Report on the working of the Ranchi Indian Mental Hospital, Kanke, in Bihar and Orissa - 1930-1940
Year: 1930
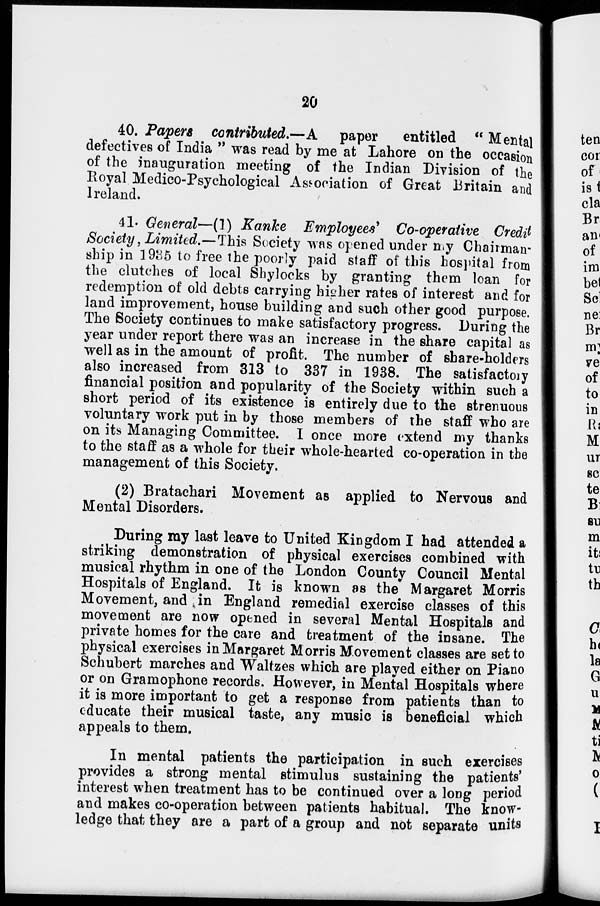
20
40. Papers contributed.—A paper
entitled " Mental
defectives of India " was read by me at Lahore on the occasion
of the inauguration meeting of the Indian Division of the
Royal Medico-Psychological Association of Great Britain and
Ireland.
41. General—(1) Kanke Employees' Co-operative Credit
Society, Limited.—This Society was opened under my Chairman-
ship in 1935 to free the poorly paid staff of this hospital from
the clutches of local Shylocks by granting them loan for
redemption of old debts carrying higher rates of interest and for
land improvement, house building and such other good purpose.
The Society continues to make satisfactory progress. During the
year under report there was an increase in the share capital as
well as in the amount of profit. The number of share-holders
also increased from 313 to 337 in 1938. The satisfactory
financial position and popularity of the Society within such a
short period of its existence is entirely due to the strenuous
voluntary work put in by those members of the staff who are
on its Managing Committee. I once more extend my thanks
to the staff as a whole for their whole-hearted co-operation in the
management of this Society.
(2) Bratachari Movement as applied to Nervous and
Mental Disorders.
During my last leave to United Kingdom I had attended a
striking demonstration of physical exercises combined with
musical rhythm in one of the London County Council Mental
Hospitals of England. It is known as the Margaret Morris
Movement, and in England remedial exercise classes of this
movement are now opened in several Mental Hospitals and
private homes for the care and treatment of the insane. The
physical exercises in Margaret Morris Movement classes are set to
Schubert marches and Waltzes which are played either on Piano
or on Gramophone records. However, in Mental Hospitals where
it is more important to get a response from patients than to
educate their musical taste, any music is beneficial which
appeals to them.
In mental patients the participation in such exercises
provides a strong mental stimulus sustaining the patients'
interest when treatment has to be continued over a long period
and makes co-operation between patients habitual. The know-
ledge that they are a part of a group and not separate units